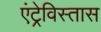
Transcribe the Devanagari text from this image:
एंट्रेविस्तास